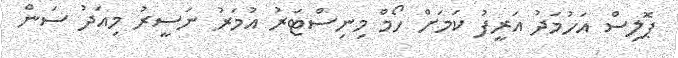
ޕޮލިސް އަހުމަދު އަރީފު ކަމަށް ހޯމް މިނިސްޓަރު އުމަރު ނަސީރު މިއަދު ސަން